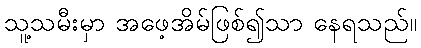
သူ့သမီးမှာ အဖေ့အိမ်ဖြစ်၍သာ နေရသည်။